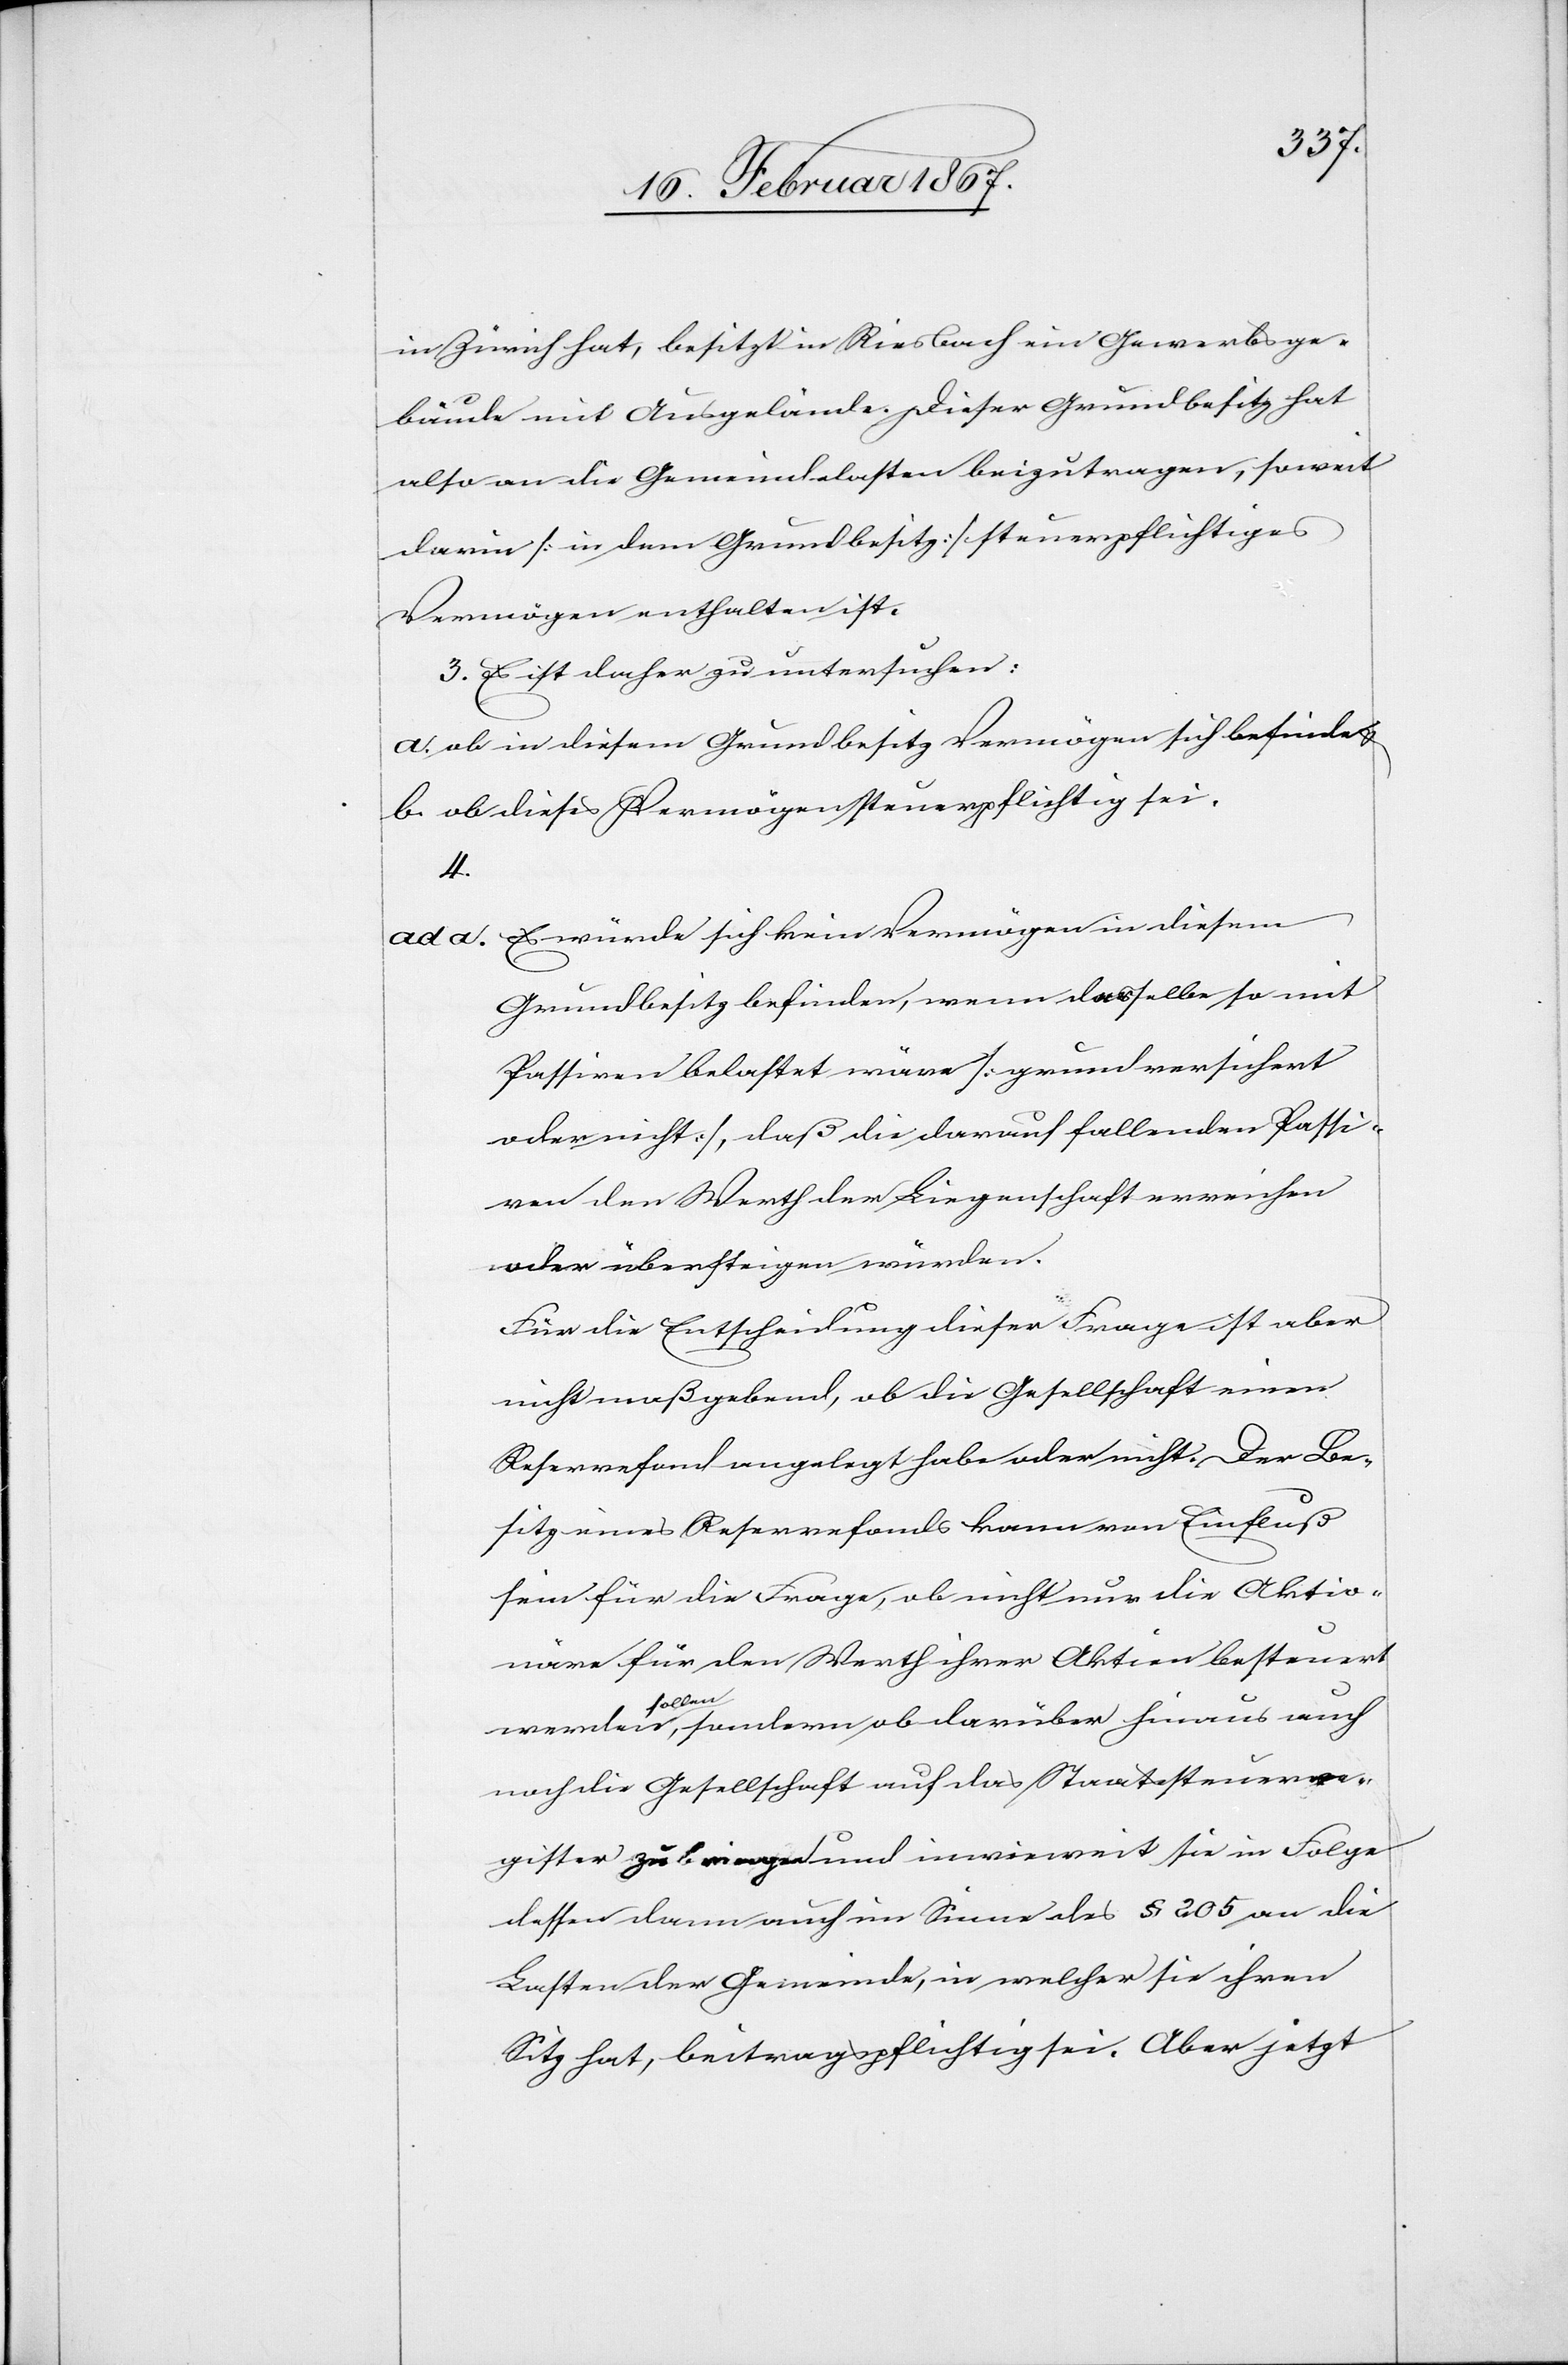
in Zürich hat, besitzt in Riesbach ein Gewerbsge¬
bäude mit Ausgelände. Dieser Grundbesitz hat
also an die Gemeindelasten beizutragen, soweit
darin [in dem Grundbesitz] steuerpflichtiges
Vermögen enthalten ist.
3. Es ist daher zu untersuchen:
a. ob in diesem Grundbesitz Vermögen sich befinde u.
b. ob dieses Vermögen steuerpflichtig sei.
4.
ad a. 	Es würde sich kein Vermögen in diesem
Grundbesitz befinden, wenn dasselbe so mit
Passiven belastet wäre [grundversichert
oder nicht], daß die darauf fallenden Passi¬
ven den Werth der Liegenschaft erreichen
oder übersteigen würden.
Für die Entscheidung dieser Frage ist aber
nicht maßgebend, ob die Gesellschaft einen
Reservefond angelegt habe oder nicht. Der Be¬
sitz eines Reservefonds kann von Einfluß
sein für die Frage, ob nicht nur die Aktio¬
näre für den Werth ihrer Aktien besteuert
werden sollen, sondern ob darüber hinaus auch
noch die Gesellschaft auf das Staatssteuerre¬
gister zu bringen und inwieweit sie in Folge
dessen dann auch im Sinne des § 205 an die
Lasten der Gemeinde, in welcher sie ihren
Sitz hat, beitragspflichtig sei. Aber jetzt